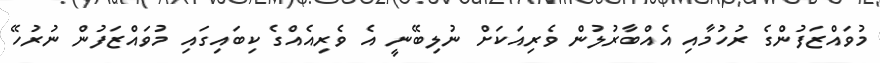
މުވައްޒަފުންގެ ރުހުމާއި އެއްބާރުލުން ވެރިއަކަށް ނުލިބޭނީ އެ ވެރިއެއްގެ ކިބައިގައި މުވައްޒަފުން ނުރުހޭ